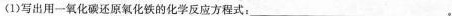
(1)写出用一氧化碳还原氧化铁的化学反应方程式：___.